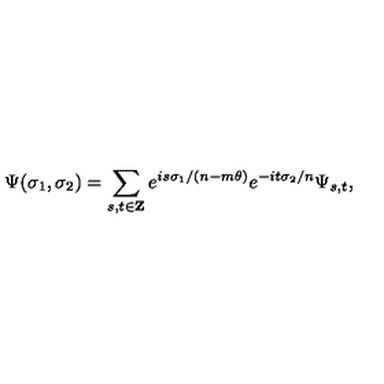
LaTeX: \Psi ( \sigma _ { 1 } , \sigma _ { 2 } ) = \sum _ { s , t \in { \bf Z } } e ^ { i s \sigma _ { 1 } / ( n - m \theta ) } e ^ { - i t \sigma _ { 2 } / n } \Psi _ { s , t } ,